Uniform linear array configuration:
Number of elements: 16
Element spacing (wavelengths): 1
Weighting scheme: uniform
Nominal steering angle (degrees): -60
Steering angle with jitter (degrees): -58.059
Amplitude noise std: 0.05
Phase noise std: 0.05

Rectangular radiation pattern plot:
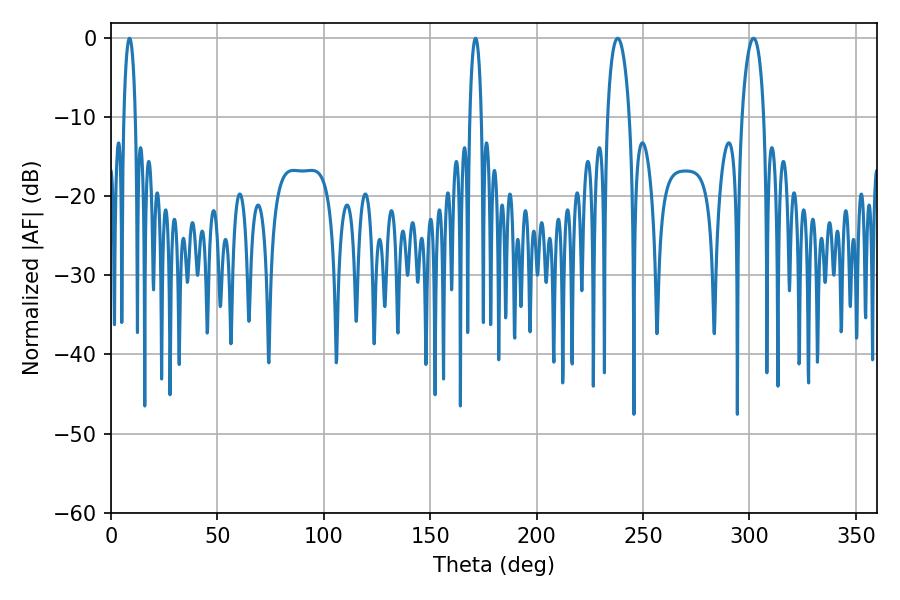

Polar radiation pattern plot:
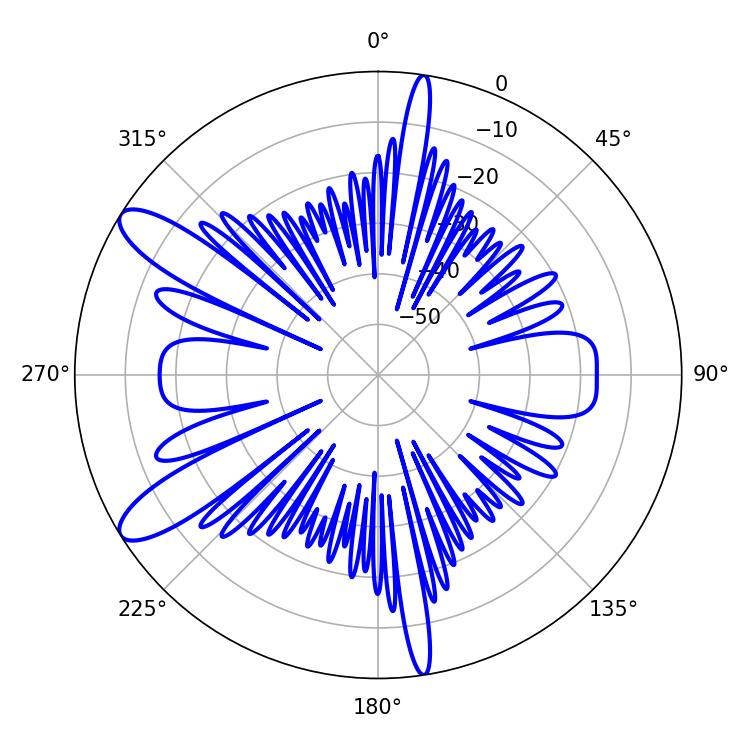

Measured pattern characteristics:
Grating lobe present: TRUE
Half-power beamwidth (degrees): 5.94
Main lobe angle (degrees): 238.14